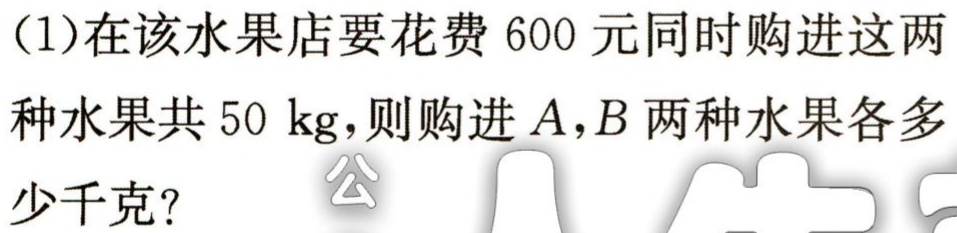
(1)在该水果店要花费$600$元同时购进这两种水果共$50\ \text{kg}$，则购进$A,B$两种水果各多少千克？